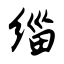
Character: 缁